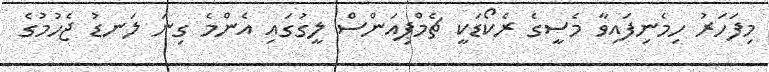
މިފަހަރު ހިމެނިފައިވާ މެސީގެ ރެކޯޑަކީ ޗެމްޕިއަންސް ލީގުގައި އެންމެ ގިނަ ލަނޑު ޖެހުމުގެ